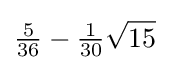
{\tfrac {5}{36}}-{\tfrac {1}{30}}{\sqrt {15}}